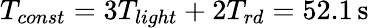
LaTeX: T_{const}=3T_{light}+2T_{rd}=52.1\, \mathrm{s}